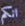
انكم